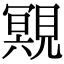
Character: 覭